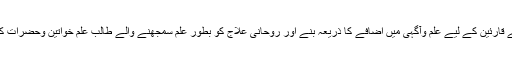
موضوع میں دلچسپی رکھنے والے قارئین کے لیے علم وآگہی میں اضافے کا ذریعہ بنے اور روحانی علاج کو بطور علم سمجھنے والے طالب علم خواتین وحضرات کےلیے ریفرنس کا کام دے سکے۔